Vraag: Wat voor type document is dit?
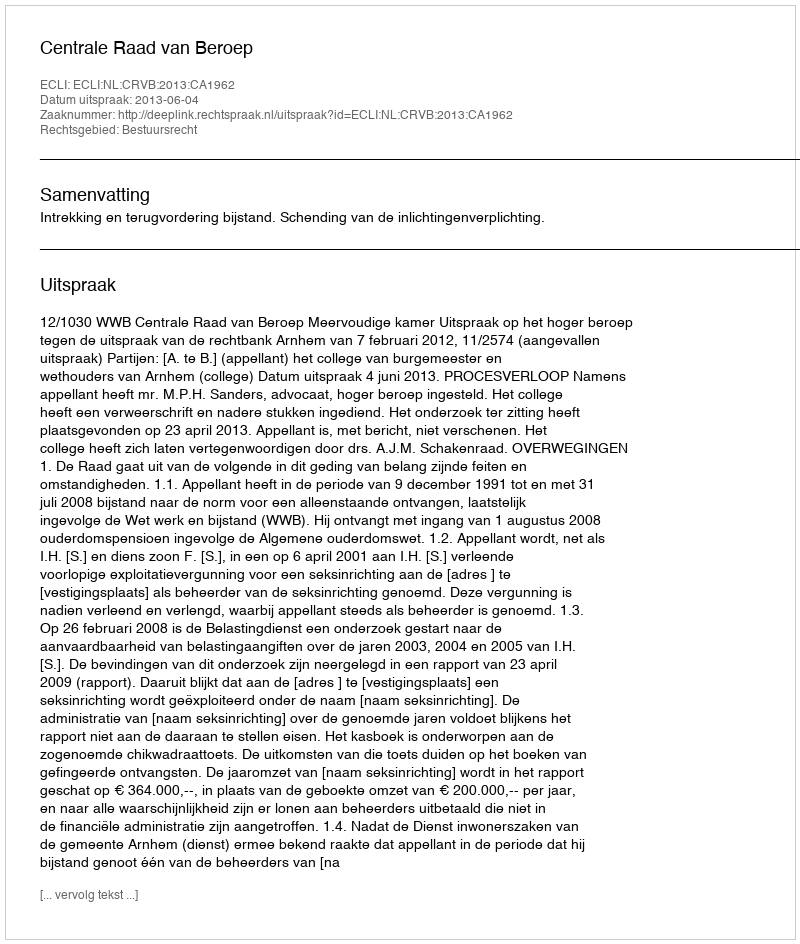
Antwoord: Uitspraak